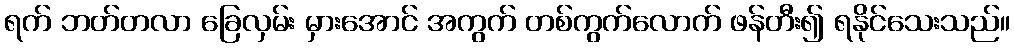
ရက် ဘတ်တလာ ခြေလှမ်း မှားအောင် အကွက် တစ်ကွက်လောက် ဖန်တီး၍ ရနိုင်သေးသည်။